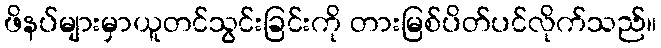
ဖိနပ်များမှာယူတင်သွင်းခြင်းကို တားမြစ်ပိတ်ပင်လိုက်သည်။